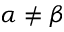
\alpha \neq \beta